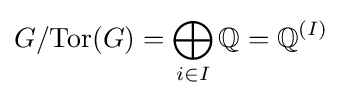
G/\mathrm {Tor} (G)=\bigoplus _{i\in I}\mathbb {Q} =\mathbb {Q} ^{(I)}